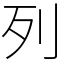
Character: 列